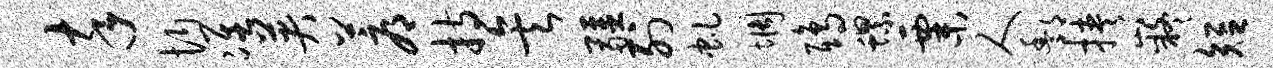
卒忻准英蓐持矣疆列虬惆鸱螺粟人酆挟嶷短